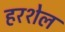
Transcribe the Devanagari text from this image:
हरशेल